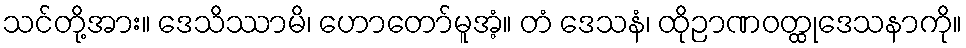
သင်တို့အား။ ဒေသိဿာမိ၊ ဟောတော်မူအံ့။ တံ ဒေသနံ၊ ထိုဉာဏဝတ္ထုဒေသနာကို။